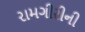
રામગીરીની